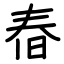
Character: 㫪